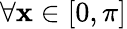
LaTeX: \forall\mathbf{x}\in[0,\pi]